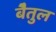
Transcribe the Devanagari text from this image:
बेैतुल